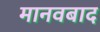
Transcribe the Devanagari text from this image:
मानवबाद